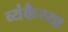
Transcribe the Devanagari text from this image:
व्यंकैय्या